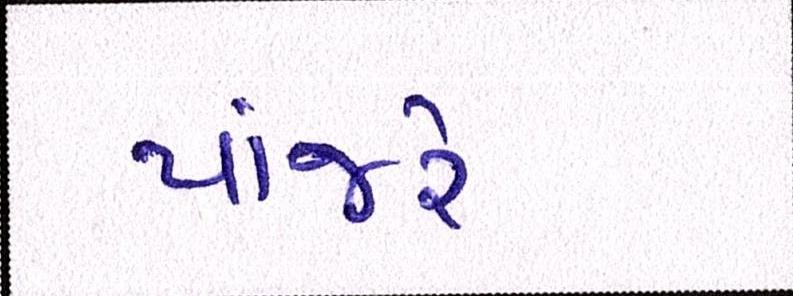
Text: પાંજરે